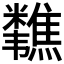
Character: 𫃗